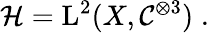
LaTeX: \mathcal H=\mathrm{L}^{2}(X,\mathcal C^{\otimes 3})\; .